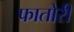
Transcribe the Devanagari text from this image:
फातोरी